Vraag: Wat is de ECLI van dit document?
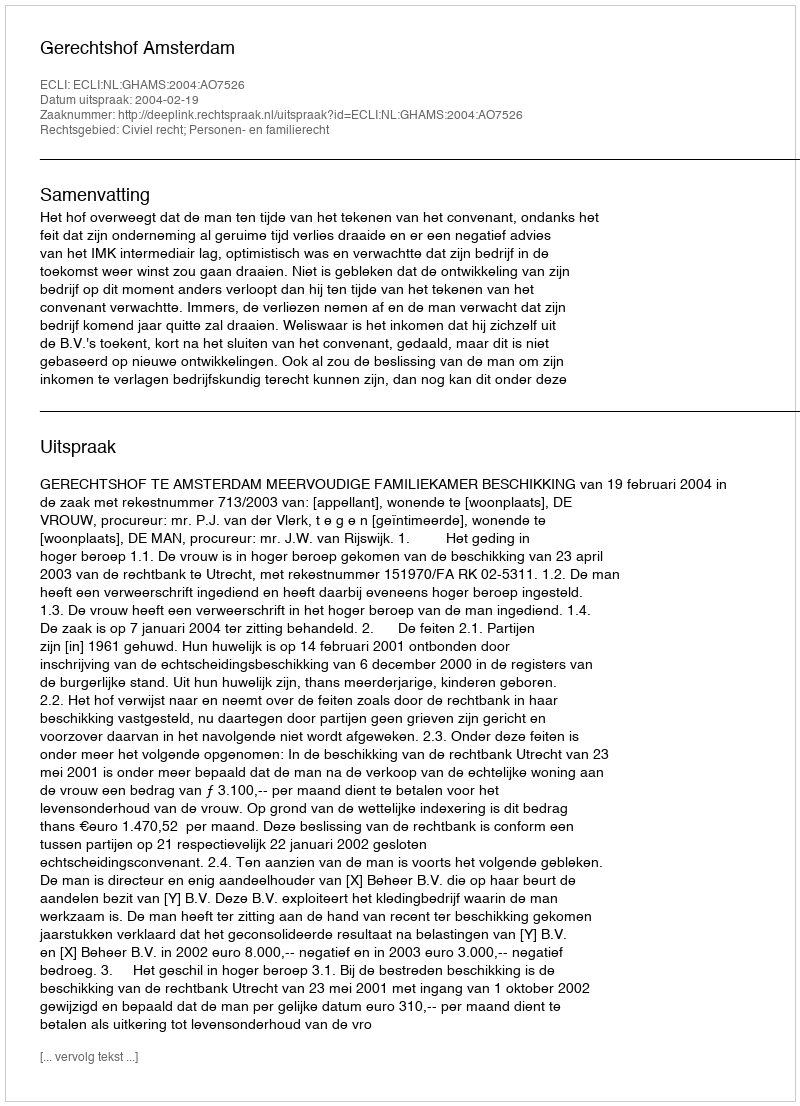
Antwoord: ECLI:NL:GHAMS:2004:AO7526